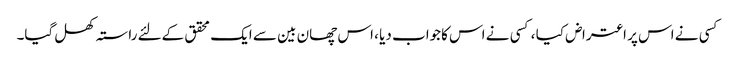
کسی نے اس پر اعتراض کیا ، کسی نے اس کاجواب دیا ، اس چھان بین سے ایک محقق کےلئے راستہ کھل گیا۔